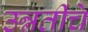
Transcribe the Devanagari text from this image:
उन्नतीचे